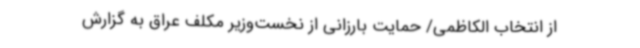
از انتخاب الکاظمی/ حمایت بارزانی از نخست‌وزیر مکلف عراق به گزارش